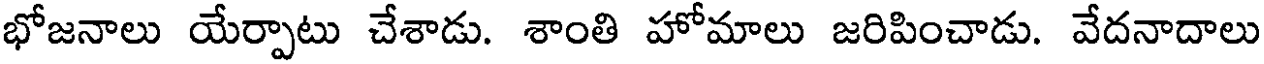
భోజనాలు యేర్పాటు చేశాడు. శాంతి హోమాలు జరిపించాడు. వేదనాదాలు